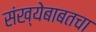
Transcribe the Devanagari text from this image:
संख्येबाबतचा